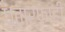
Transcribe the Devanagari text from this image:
धुतार्फाही